65_HS1-834228961_62-HQ-83894_Section_4
Agency: FBI
Page 65
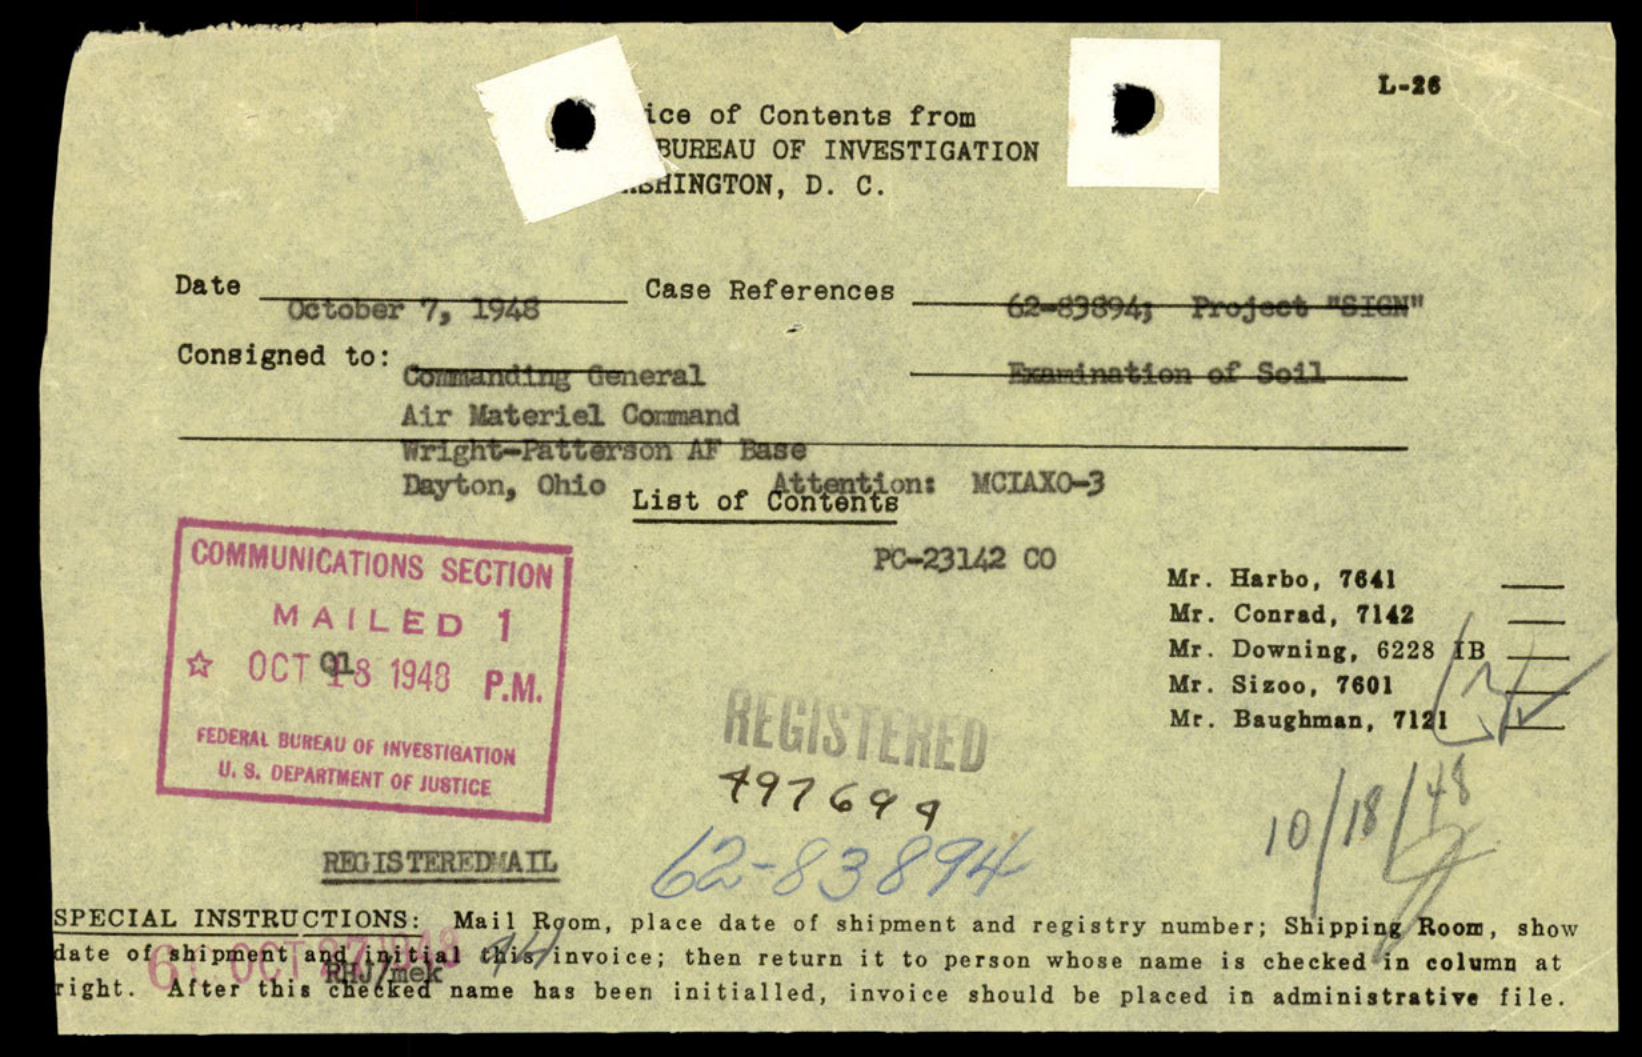